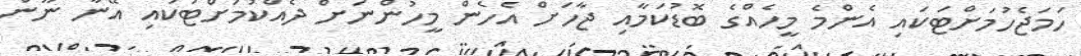
ހަމަޖެހުމަށްޓަކައި އެންމެ މީހެއްގެ ބޮޑުކަމާއި ޖާހަށް އެހެން މީހުންނަށް ދެއްކުމަށްޓަކައި އޭނާ ނޫން